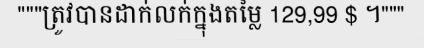
"""ត្រូវបានដាក់លក់ក្នុងតម្លៃ 129,99 $ ។"""